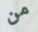
من